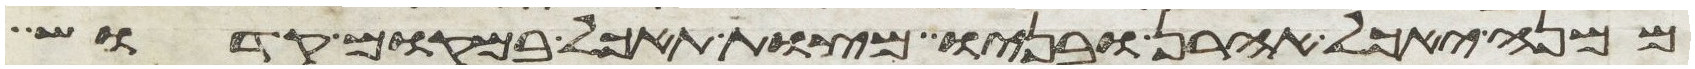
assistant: ממנה יאכל אהרן ובניו מצות תאכל במקום קדוש